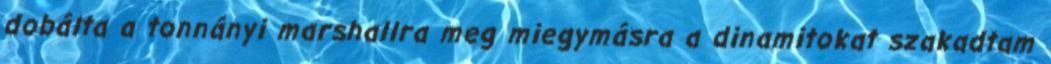
dobálta a tonnányi marshallra meg miegymásra a dinamitokat szakadtam